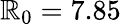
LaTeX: \mathbb{R}_{0}=7.85